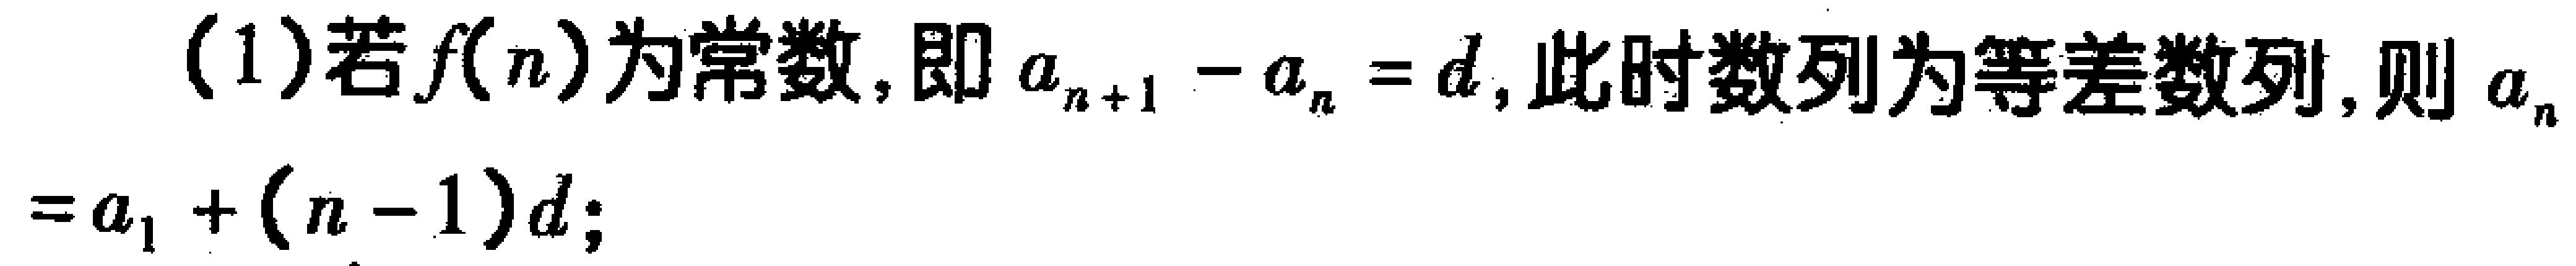
(1)若\(f(n)\)为常数,即\(a_{n + 1}-a_{n}=d\),此时数列为等差数列,则\(a_{n}=a_{1}+(n - 1)d\);